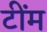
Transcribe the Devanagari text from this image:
टींम